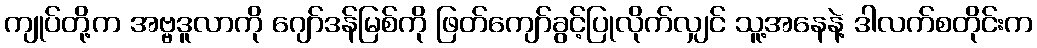
ကျုပ်တို့က အဗ္ဗဒူလာကို ဂျော်ဒန်မြစ်ကို ဖြတ်ကျော်ခွင့်ပြုလိုက်လျှင် သူ့အနေနဲ့ ဒါလက်စတိုင်းက